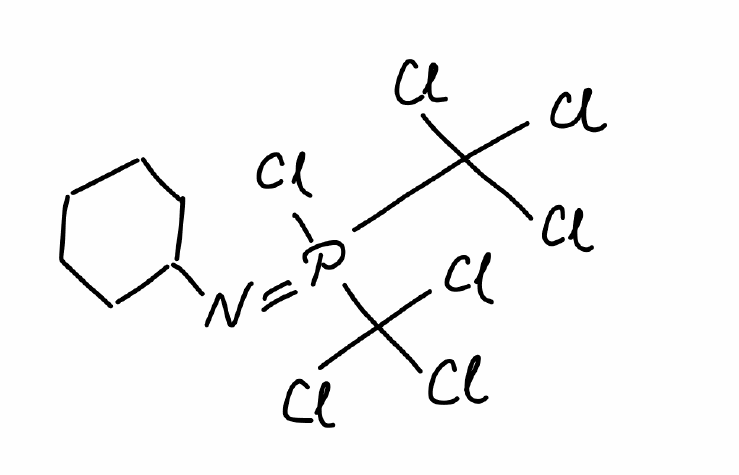
Simplified molecular-input line-entry system (SMILES) notation of the given molecule:
C1CCC(CC1)N=P(C(Cl)(Cl)Cl)(C(Cl)(Cl)Cl)Cl